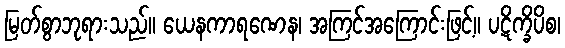
မြတ်စွာဘုရားသည်။ ယေနကာရဏေန၊ အကြင်အကြောင်းဖြင့်။ ပဋိက္ခိပိစ၊